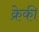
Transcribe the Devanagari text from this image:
क्रेकी